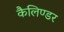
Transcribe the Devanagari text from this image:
कैलिण्डर